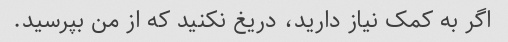
اگر به کمک نیاز دارید، دریغ نکنید که از من بپرسید.